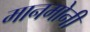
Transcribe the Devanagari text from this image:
मानमोनी